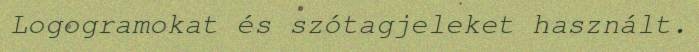
Logogramokat és szótagjeleket használt.